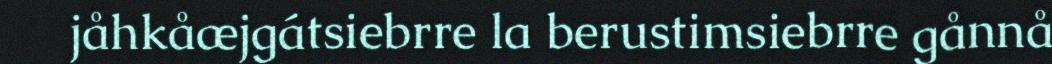
jåhkåæjgátsiebrre la berustimsiebrre gånnå